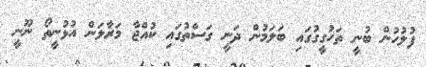
ފުލުހުން ބުނީ ތަހުގީގުގައި ބަލަމުން ދަނީ ގަސްތުގައި ކުއްޖާ މަރާލަން އުޅުނީތޯ ނޫނީ